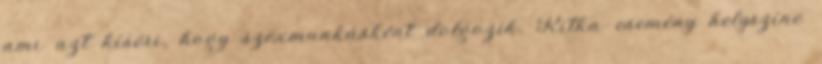
ami azt kíséri, hogy szexmunkásként dolgozik. Ritka esemény helyszíne